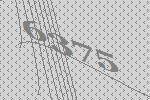
6375